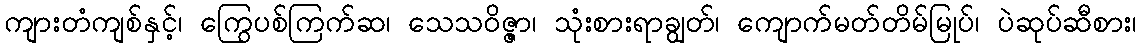
ကျားတံကျစ်နှင့်၊ ကြွေပစ်ကြက်ဆ၊ သေသဝိဇ္ဇာ၊ သုံးစားရာချွတ်၊ ကျောက်မတ်တိမ်မြုပ်၊ ပဲဆုပ်ဆီစား၊